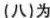
(八)为